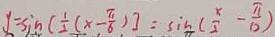
y = \sin [ \frac { 1 } { 2 } ( x - \frac { \pi } { 6 } ) ] = \sin ( \frac { x } { 2 } - \frac { \pi } { 1 2 } )